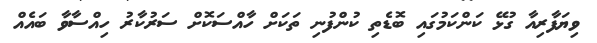
ވިޔަފާރިއާ ގުޅޭ ކަންކަމުގައި ބޮޑެތި ކުންފުނި ތަކަށް ހާއްސަކޮށް ސަރުކާރު ހިއްސާވާ ބައެއް